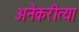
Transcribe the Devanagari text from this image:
अनेकरीत्या